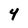
Character: 4